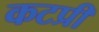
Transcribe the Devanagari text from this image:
कटप्री